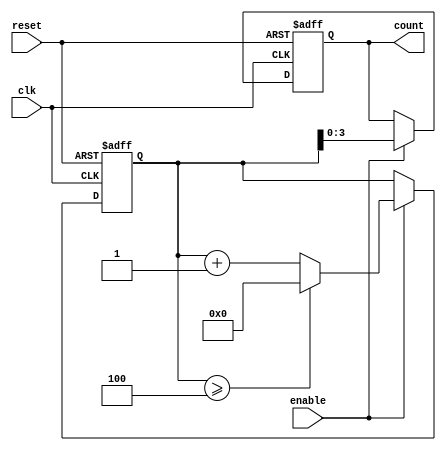
module mixed_radix_counter #(
    parameter NUM_STAGES = 4,               // Number of counter stages
    parameter [NUM_STAGES*8-1:0] RADIXES = {2, 3, 10, 5}, // Radix values for each stage
    parameter [NUM_STAGES*8-1:0] MAX_COUNTS = {1, 2, 9, 4} // Maximum counts for each stage
)(
    input wire clk,                          // Clock input
    input wire reset,                        // Asynchronous reset
    input wire enable,                       // Enable signal
    output reg [NUM_STAGES-1:0] count       // Output count
);

    reg [7:0] stage_count [0:NUM_STAGES-1]; // Stage counters

    integer i;

    // Initialize stage counters
    always @(posedge clk or posedge reset) begin
        if (reset) begin
            for (i = 0; i < NUM_STAGES; i = i + 1) begin
                stage_count[i] <= 0;
            end
            count <= 0;
        end else if (enable) begin
            // Increment the least significant stage
            stage_count[0] <= stage_count[0] + 1;

            // Handle overflow and propagate carry
            for (i = 0; i < NUM_STAGES; i = i + 1) begin
                if (stage_count[i] >= MAX_COUNTS[i*8 +: 8]) begin
                    stage_count[i] <= 0; // Reset current stage
                    if (i < NUM_STAGES - 1) begin
                        stage_count[i + 1] <= stage_count[i + 1] + 1; // Carry to next stage
                    end
                end
            end

            // Update output count
            count <= {stage_count[NUM_STAGES-1], stage_count[NUM_STAGES-2], 
                       stage_count[NUM_STAGES-3], stage_count[NUM_STAGES-4]};
        end
    end

endmodule